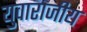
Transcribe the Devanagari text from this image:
युवाराजीय